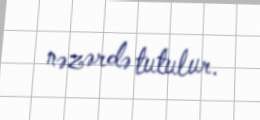
nəzərdə tutulur.